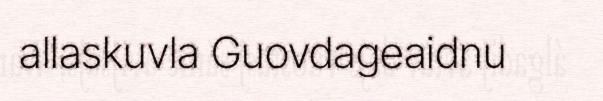
allaskuvla Guovdageaidnu